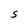
Character: S